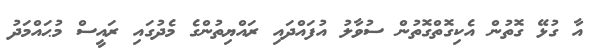
އާ ގުޅޭ ގޮތުން އެކިގޮތްގޮތުން ސުވާލު އުފައްދައި ރައްޔިތުންގެ މެދުގައި ރައީސް މުޙައްމަދު